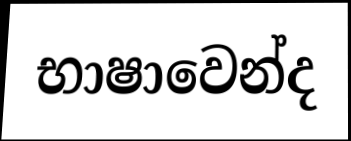
භාෂාවෙන්ද